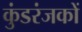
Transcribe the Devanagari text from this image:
कुंडरंजकों